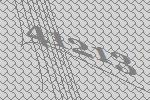
41213